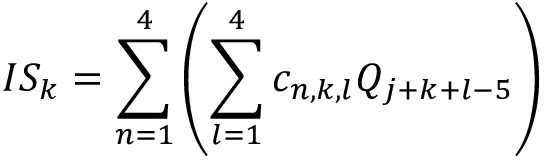
I S _ { k } = \sum _ { n = 1 } ^ { 4 } \left( \sum _ { l = 1 } ^ { 4 } c _ { n , k , l } Q _ { j + k + l - 5 } \right)